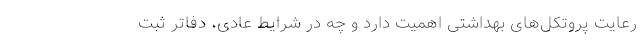
رعایت پروتکل‌های بهداشتی اهمیت دارد و چه در شرایط عادی، دفاتر ثبت